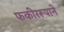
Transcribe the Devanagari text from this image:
फकीररूपाने